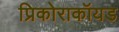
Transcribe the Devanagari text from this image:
प्रिकोराकॉयड